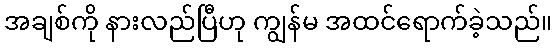
အချစ်ကို နားလည်ပြီဟု ကျွန်မ အထင်ရောက်ခဲ့သည်။